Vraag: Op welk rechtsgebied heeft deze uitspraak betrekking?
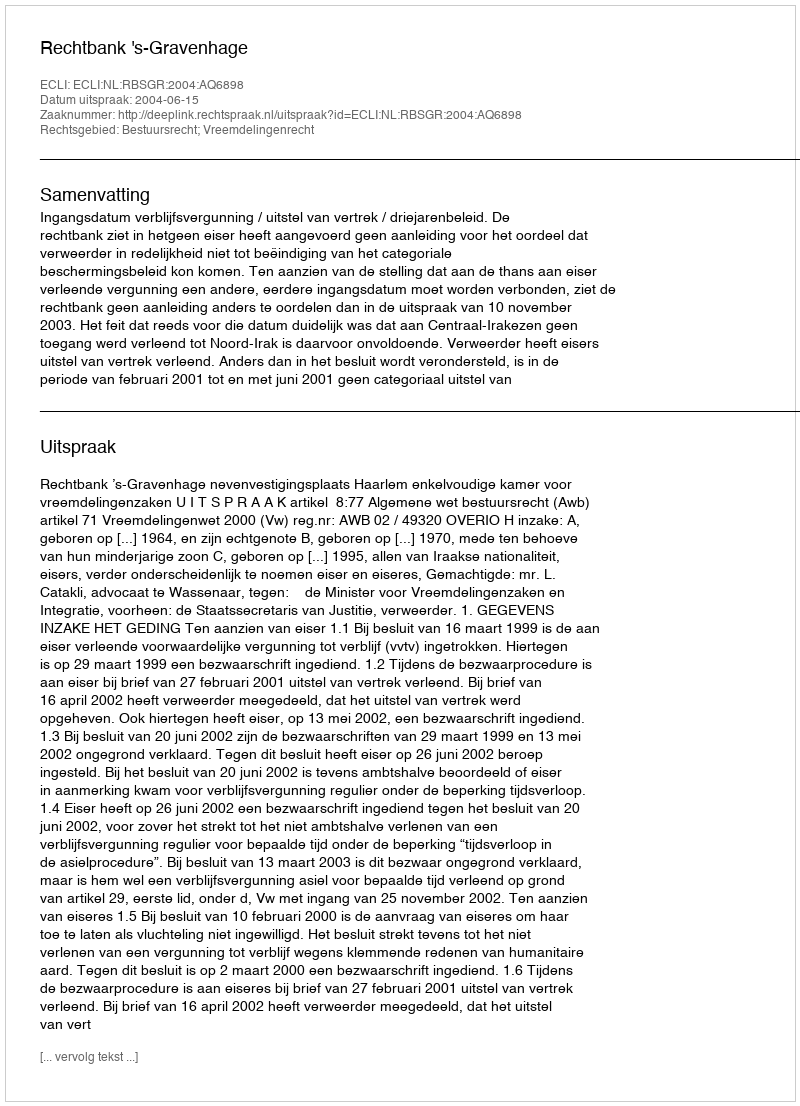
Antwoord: Bestuursrecht; Vreemdelingenrecht